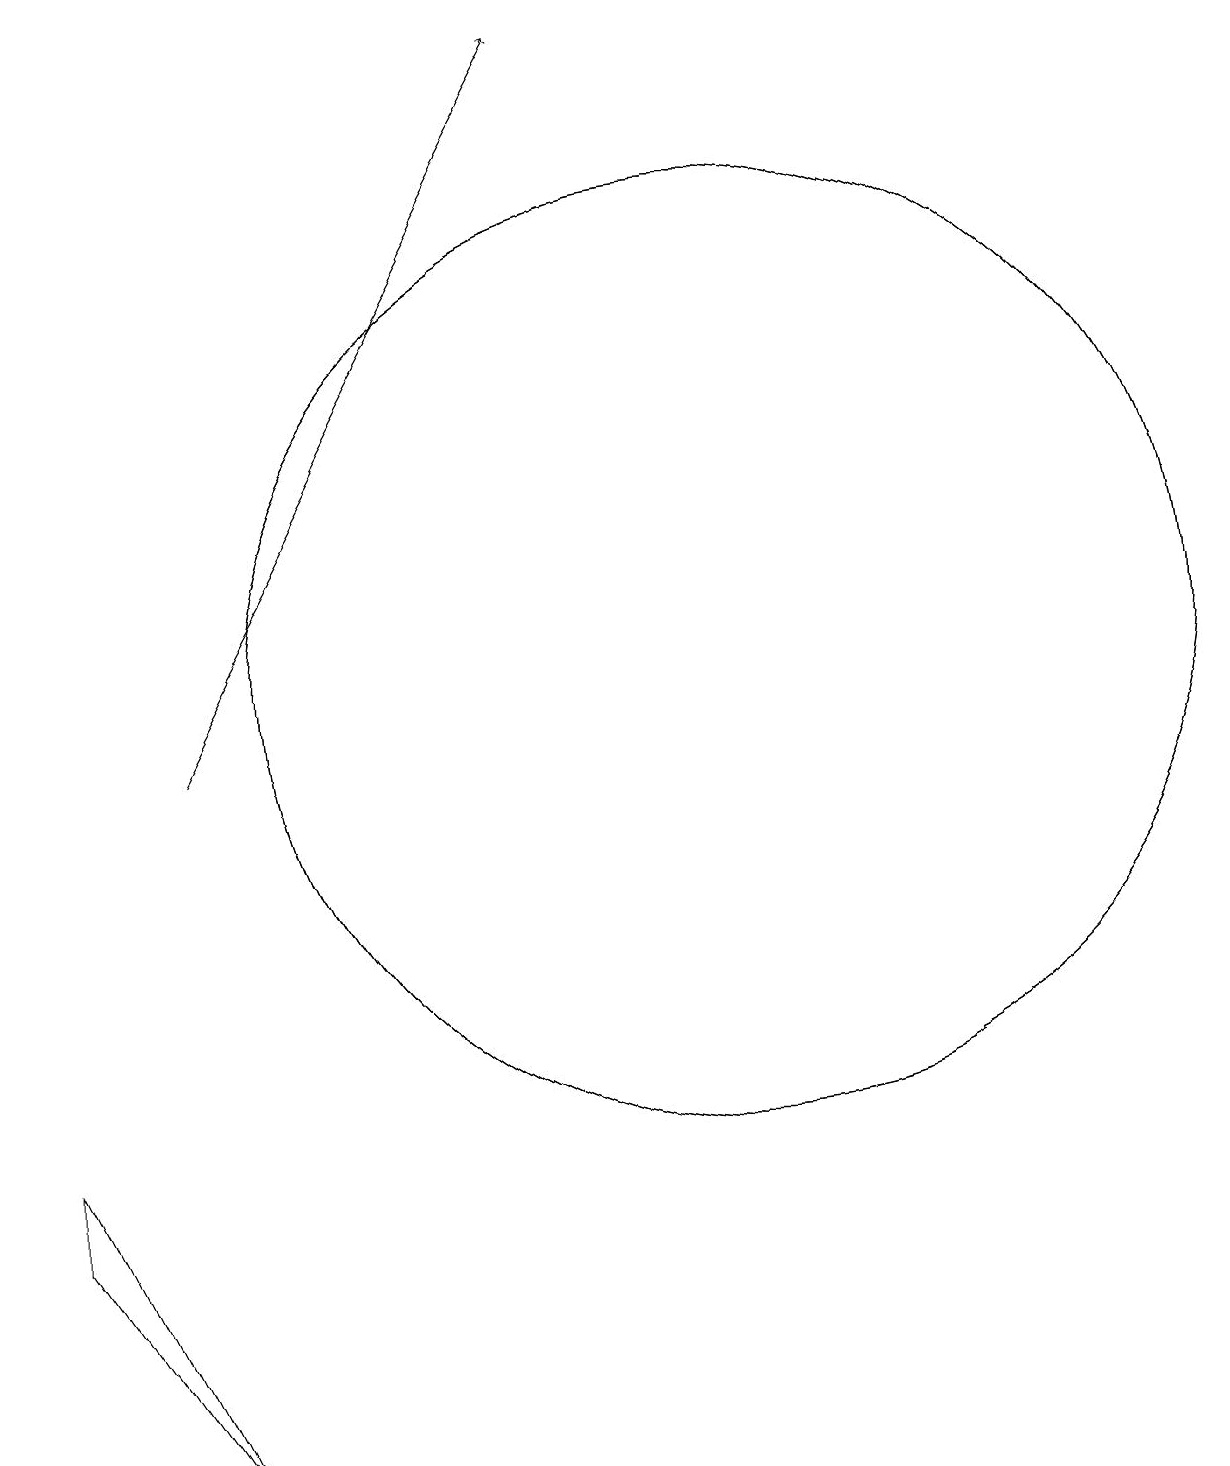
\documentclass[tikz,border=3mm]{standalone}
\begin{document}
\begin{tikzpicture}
\draw (1,4) -- (3,1) -- (1,5) -- cycle;
\draw[->] (3,10) -- (8,19);
\draw (10,11) circle (6);
\draw (10,11) circle (6);
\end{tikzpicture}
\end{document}